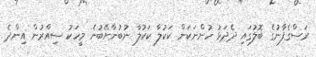
ރަސްގެފާނުގެ ބޮލުގައި ދެދަޅު ހުންނަކަން ކަކުލާ ކަކުލާ ނުބުނާށޭބުނެ މީހަކު ސިއްރުން އިންދެ